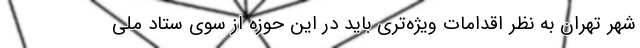
شهر تهران به نظر اقدامات ویژه‌تری باید در این حوزه از سوی ستاد ملی